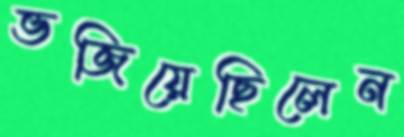
ভজিয়েছিলেন